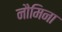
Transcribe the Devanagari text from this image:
नौमिना